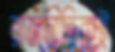
রাজনীতিকই